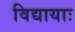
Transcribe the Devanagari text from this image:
विद्यायाः